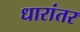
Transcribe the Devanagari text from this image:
धारांतर